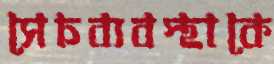
সেচব্যবস্থাকে